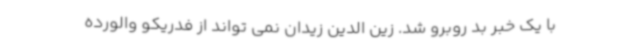
با یک خبر بد روبرو شد. زین الدین زیدان نمی تواند از فدریکو والورده